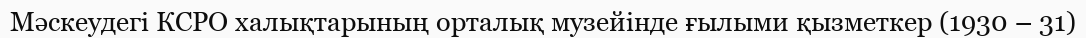
Мәскеудегі КСРО халықтарының орталық музейінде ғылыми қызметкер (1930 – 31)